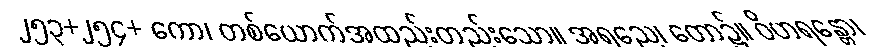
၂၅၃+၂၅၄+ ကော၊ တစ်ယောက်အထည်းတည်းသော။ အရညေ၊ တော၌။ ဝိဟရန္တော၊